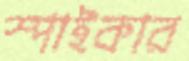
স্পাইকার